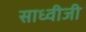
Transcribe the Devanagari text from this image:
साध्वीजी